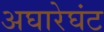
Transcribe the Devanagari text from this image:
अघारेघंट